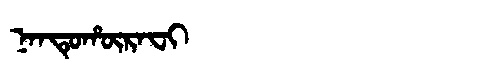
Manchu: ᠨᠠᠨᡨᡠᡥᡡᡵᠠᠸᡳ
Romanization: NANTUHŪRAFI